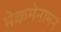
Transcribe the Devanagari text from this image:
मेकमेनामन